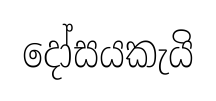
දෝසයකැයි